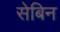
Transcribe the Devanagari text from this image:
सेबिन